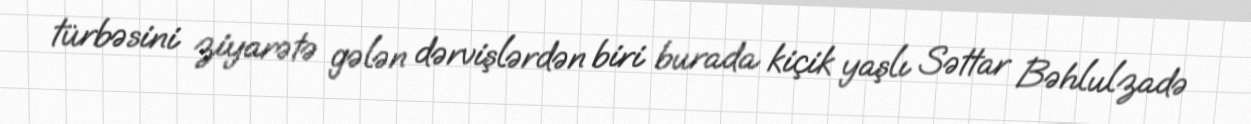
türbəsini ziyarətə gələn dərvişlərdən biri burada kiçik yaşlı Səttar Bəhlulzadə